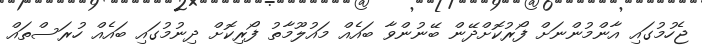
ޖެހުމުގައި އާންމުންނަށް ފޯރުކޮށްދޭން ބޭނުންވާ ބައެއް މައުލޫމާތު ފޯރިކޮށް ދިނުމުގައި ބައެއް ހުރަސްތައް